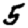
Digit: 5